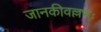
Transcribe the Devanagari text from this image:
जानकीवल्लभः